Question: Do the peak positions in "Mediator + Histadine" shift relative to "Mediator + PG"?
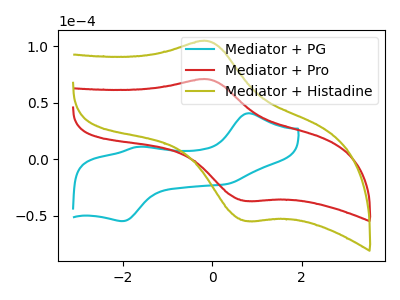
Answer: <think>The cyan curve "Mediator + PG" has anodic peaks at (0.80V, 40.60uA) (-1.65V, 10.95uA) and cathodic peaks at (0.30V, -22.15uA) (-2.00V, -54.80uA). The red curve "Mediator + Pro" has an anodic peak at (-0.10V, 70.70uA) and a cathodic peak at (0.75V, -37.00uA). The olive curve "Mediator + Histadine" has an anodic peak at (-0.10V, 104.50uA) and a cathodic peak at (0.75V, -54.65uA).
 "Mediator + Histadine" and "Mediator + PG" have a different number of peaks.</think>
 <answer>Yes, "Mediator + Histadine" and "Mediator + PG" are different in shape.</answer>
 <eval>yes_change</eval>